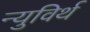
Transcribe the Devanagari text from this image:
न्युविर्थ